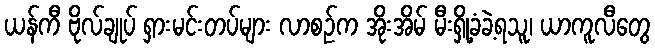
ယန်ကီ ဗိုလ်ချုပ် ရှားမင်းတပ်များ လာစဉ်က အိုးအိမ် မီးရှို့ခံခဲ့ရသူ၊ ယာကူလီတွေ